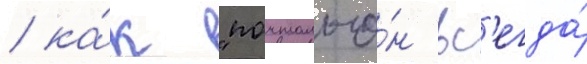
/ ка́к "почтальо́н вс'егда́